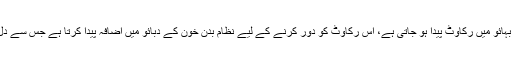
دل میں تحلیل کی وجہ سے اس کا حجم بڑھ جاتا ہے جس سے خون کے بہائو میں رکاوٹ پیدا ہو جاتی ہے، اس رکاوٹ کو دور کرنے کے لیے نظام بدن خون کے دبائو میں اضافہ پیدا کرتا ہے جس سے دل کی رفتار سست ہو جاتی ہے، اس کو ہی لازمی بلڈ پریشر کہا جاتا ہے۔